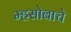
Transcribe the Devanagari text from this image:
म्हसोबाचे